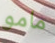
مامو